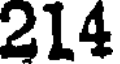
214